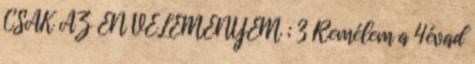
CSAK AZ ÉN VÉLEMÉNYEM ; 3 Remélem a 4évad